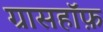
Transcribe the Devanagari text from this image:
ग्रासहॉफ़